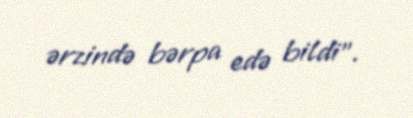
ərzində bərpa edə bildi”.